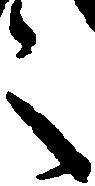
之